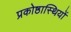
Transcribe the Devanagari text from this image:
प्रकोष्ठास्थियों